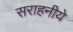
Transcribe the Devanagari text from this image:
सराहनीये